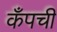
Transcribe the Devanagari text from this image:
कँपची